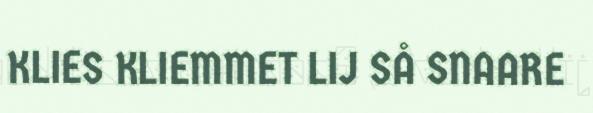
KLIES KLIEMMET LIJ SÅ SNAARE